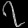
Digit: ၇